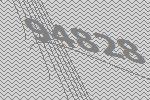
94828